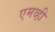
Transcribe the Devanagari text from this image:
एमव्ही